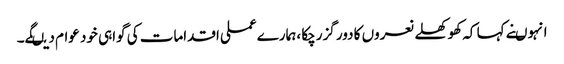
انہوںنے کہا کہ کھوکھلے نعروں کا دور گزرچکا ،ہمارے عملی اقدامات کی گواہی خود عوام دیںگے۔